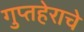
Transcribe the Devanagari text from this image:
गुप्तहेराचे